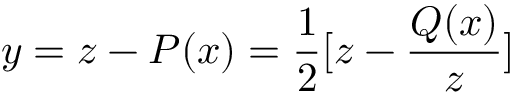
y = z - P ( x ) = \frac { 1 } { 2 } [ z - \frac { Q ( x ) } { z } ]